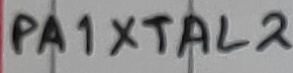
Text: PA1XTAL2